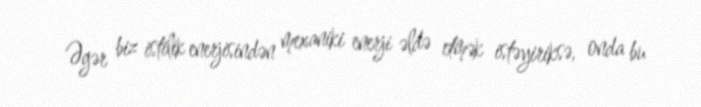
Əgər biz istilik enerjisindən mexaniki enerji əldə etmək istəyiriksə, onda bu